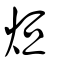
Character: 烜